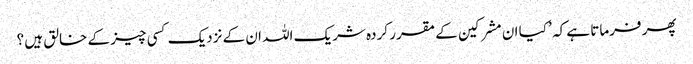
پھر فرماتا ہے کہ ’ کیا ان مشرکین کے مقرر کردہ شریک اللہ ان کے نزدیک کسی چیز کے خالق ہیں ؟